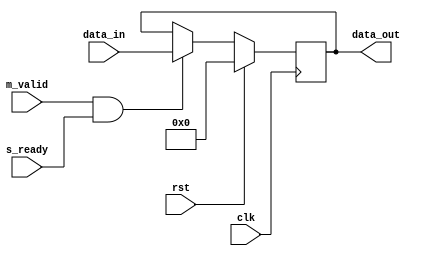
// 1)
module rv1 #(parameter wd = 4)(
	input rst, clk,
	input m_valid,
	input s_ready,
	input [wd-1:0] data_in,
	output reg [wd-1:0] data_out 
);
	
	always @(posedge clk) begin
		if (rst) data_out <= 0;
		else if (m_valid && s_ready) //m_valids_ready
			data_out <= data_in;
		else data_out <= data_out;
	end

endmodule